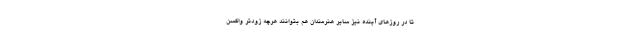
تا در روزهای آینده نیز سایر هنرمندان هم بتوانند هرچه زودتر واکسن